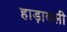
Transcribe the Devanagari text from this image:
हाड़ावली